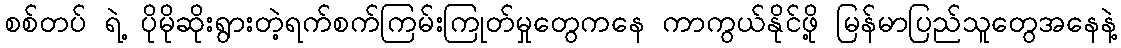
စစ်တပ် ရဲ့ ပိုမိုဆိုးရွားတဲ့ရက်စက်ကြမ်းကြုတ်မှုတွေကနေ ကာကွယ်နိုင်ဖို့ မြန်မာပြည်သူတွေအနေနဲ့